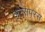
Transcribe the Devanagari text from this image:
अरसपरस